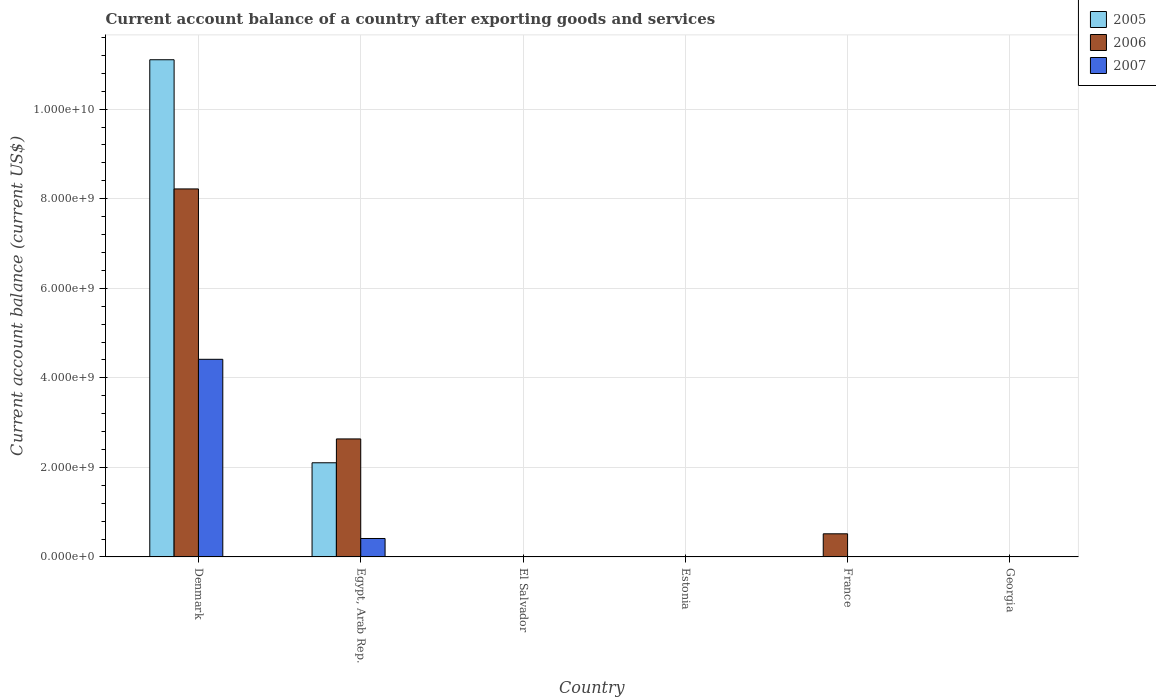
| Country | 2005 | 2006 | 2007 |
 | --- | --- | --- | --- |
 | Denmark | 1.11e+10 | 8.22e+09 | 4.41e+09 |
 | Egypt, Arab Rep. | 2.1e+09 | 2.64e+09 | 4.12e+08 |
 | El Salvador | -6.22e+08 | -7.66e+08 | -1.22e+09 |
 | Estonia | -1.39e+09 | -2.59e+09 | -3.5e+09 |
 | France | -1.37e+08 | 5.16e+08 | -8.72e+09 |
 | Georgia | -6.95e+08 | -1.19e+09 | -1.99e+09 |